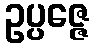
ဥပ္ပဇ္ဇေ